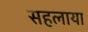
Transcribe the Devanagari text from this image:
सहलाया